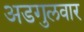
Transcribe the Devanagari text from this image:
अडगुलवार